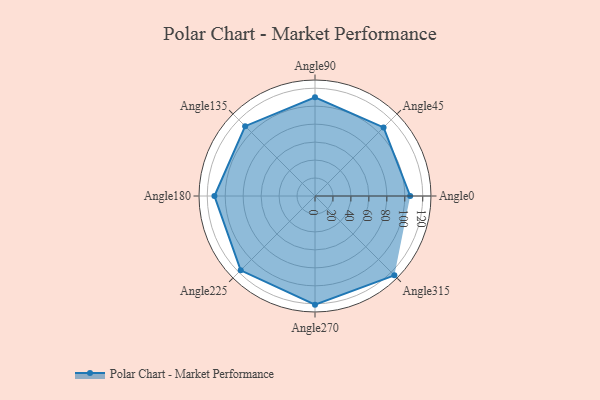
{"axis": {"x": "Angle", "y": "Radius"}, "legend": [""], "data": [{"x": "Angle0", "y": 106.0, "type": ""}, {"x": "Angle45", "y": 108.0, "type": ""}, {"x": "Angle90", "y": 110.0, "type": ""}, {"x": "Angle135", "y": 110.0, "type": ""}, {"x": "Angle180", "y": 112.0, "type": ""}, {"x": "Angle225", "y": 117.0, "type": ""}, {"x": "Angle270", "y": 121.0, "type": ""}, {"x": "Angle315", "y": 125.0, "type": ""}]}